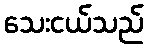
သေးငယ်သည်